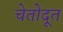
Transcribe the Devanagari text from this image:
चेतोदूत